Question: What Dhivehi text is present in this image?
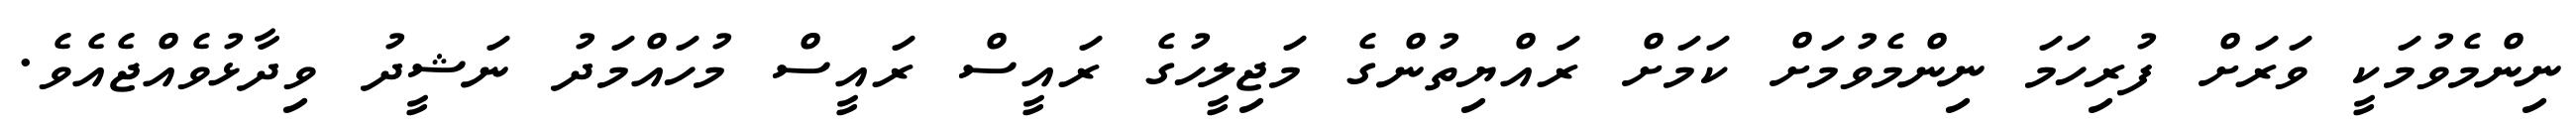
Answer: ނިންމެވުމަކީ ވަރަށް ފުރިހަމަ ނިންމެވުމަށް ކަމަށް ރައްޔިތުންގެ މަޖިލީހުގެ ރައީސް ރައީސް މުހައްމަދު ނަޝީދު ވިދާޅުވެއްޖެއެވެ.